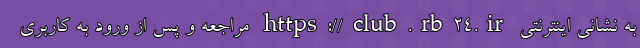
به نشانی اینترنتی https://club.rb24.ir مراجعه و پس از ورود به کاربری